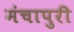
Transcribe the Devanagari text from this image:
मंचापुरी